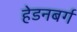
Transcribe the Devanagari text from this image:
हेडनबर्ग